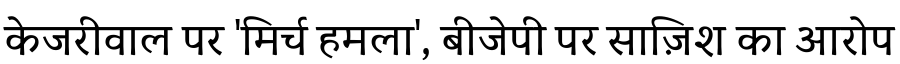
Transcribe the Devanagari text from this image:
केजरीवाल पर 'मिर्च हमला', बीजेपी पर साज़िश का आरोप